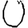
Digit: 0